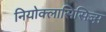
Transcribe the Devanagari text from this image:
नियोक्लासिसिज्म़